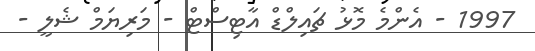
1997 - އެންމެ މޮޅު ޗައިލްޑް އާޓިސްޓް - މަރިޔަމް ޝެލީ -